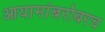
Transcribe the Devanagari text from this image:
आयामांबरोबरच